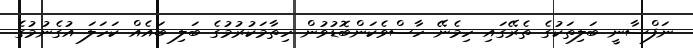
ނަފްސާނީ ބަލިތަކުގެ ތެރޭގައި ހިމެނޭ ހާސްވެކަންބޮޑުވުން ހިތާމަކުރުމުގެ ބަލި ބައެއް ކަހަލަ އުގެނުމުގެ